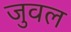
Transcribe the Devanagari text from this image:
जुवल